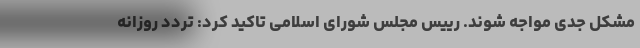
مشکل جدی مواجه شوند. رییس مجلس شورای اسلامی تاکید کرد: تردد روزانه